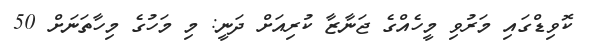
ކޮވިޑްގައި މަރުވި މީހެއްގެ ޖަނާޒާ ކުރިއަށް ދަނީ: މި މަހުގެ މިހާތަނަށް 50